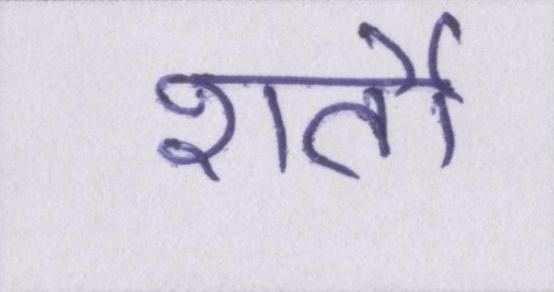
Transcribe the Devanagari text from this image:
शर्तो